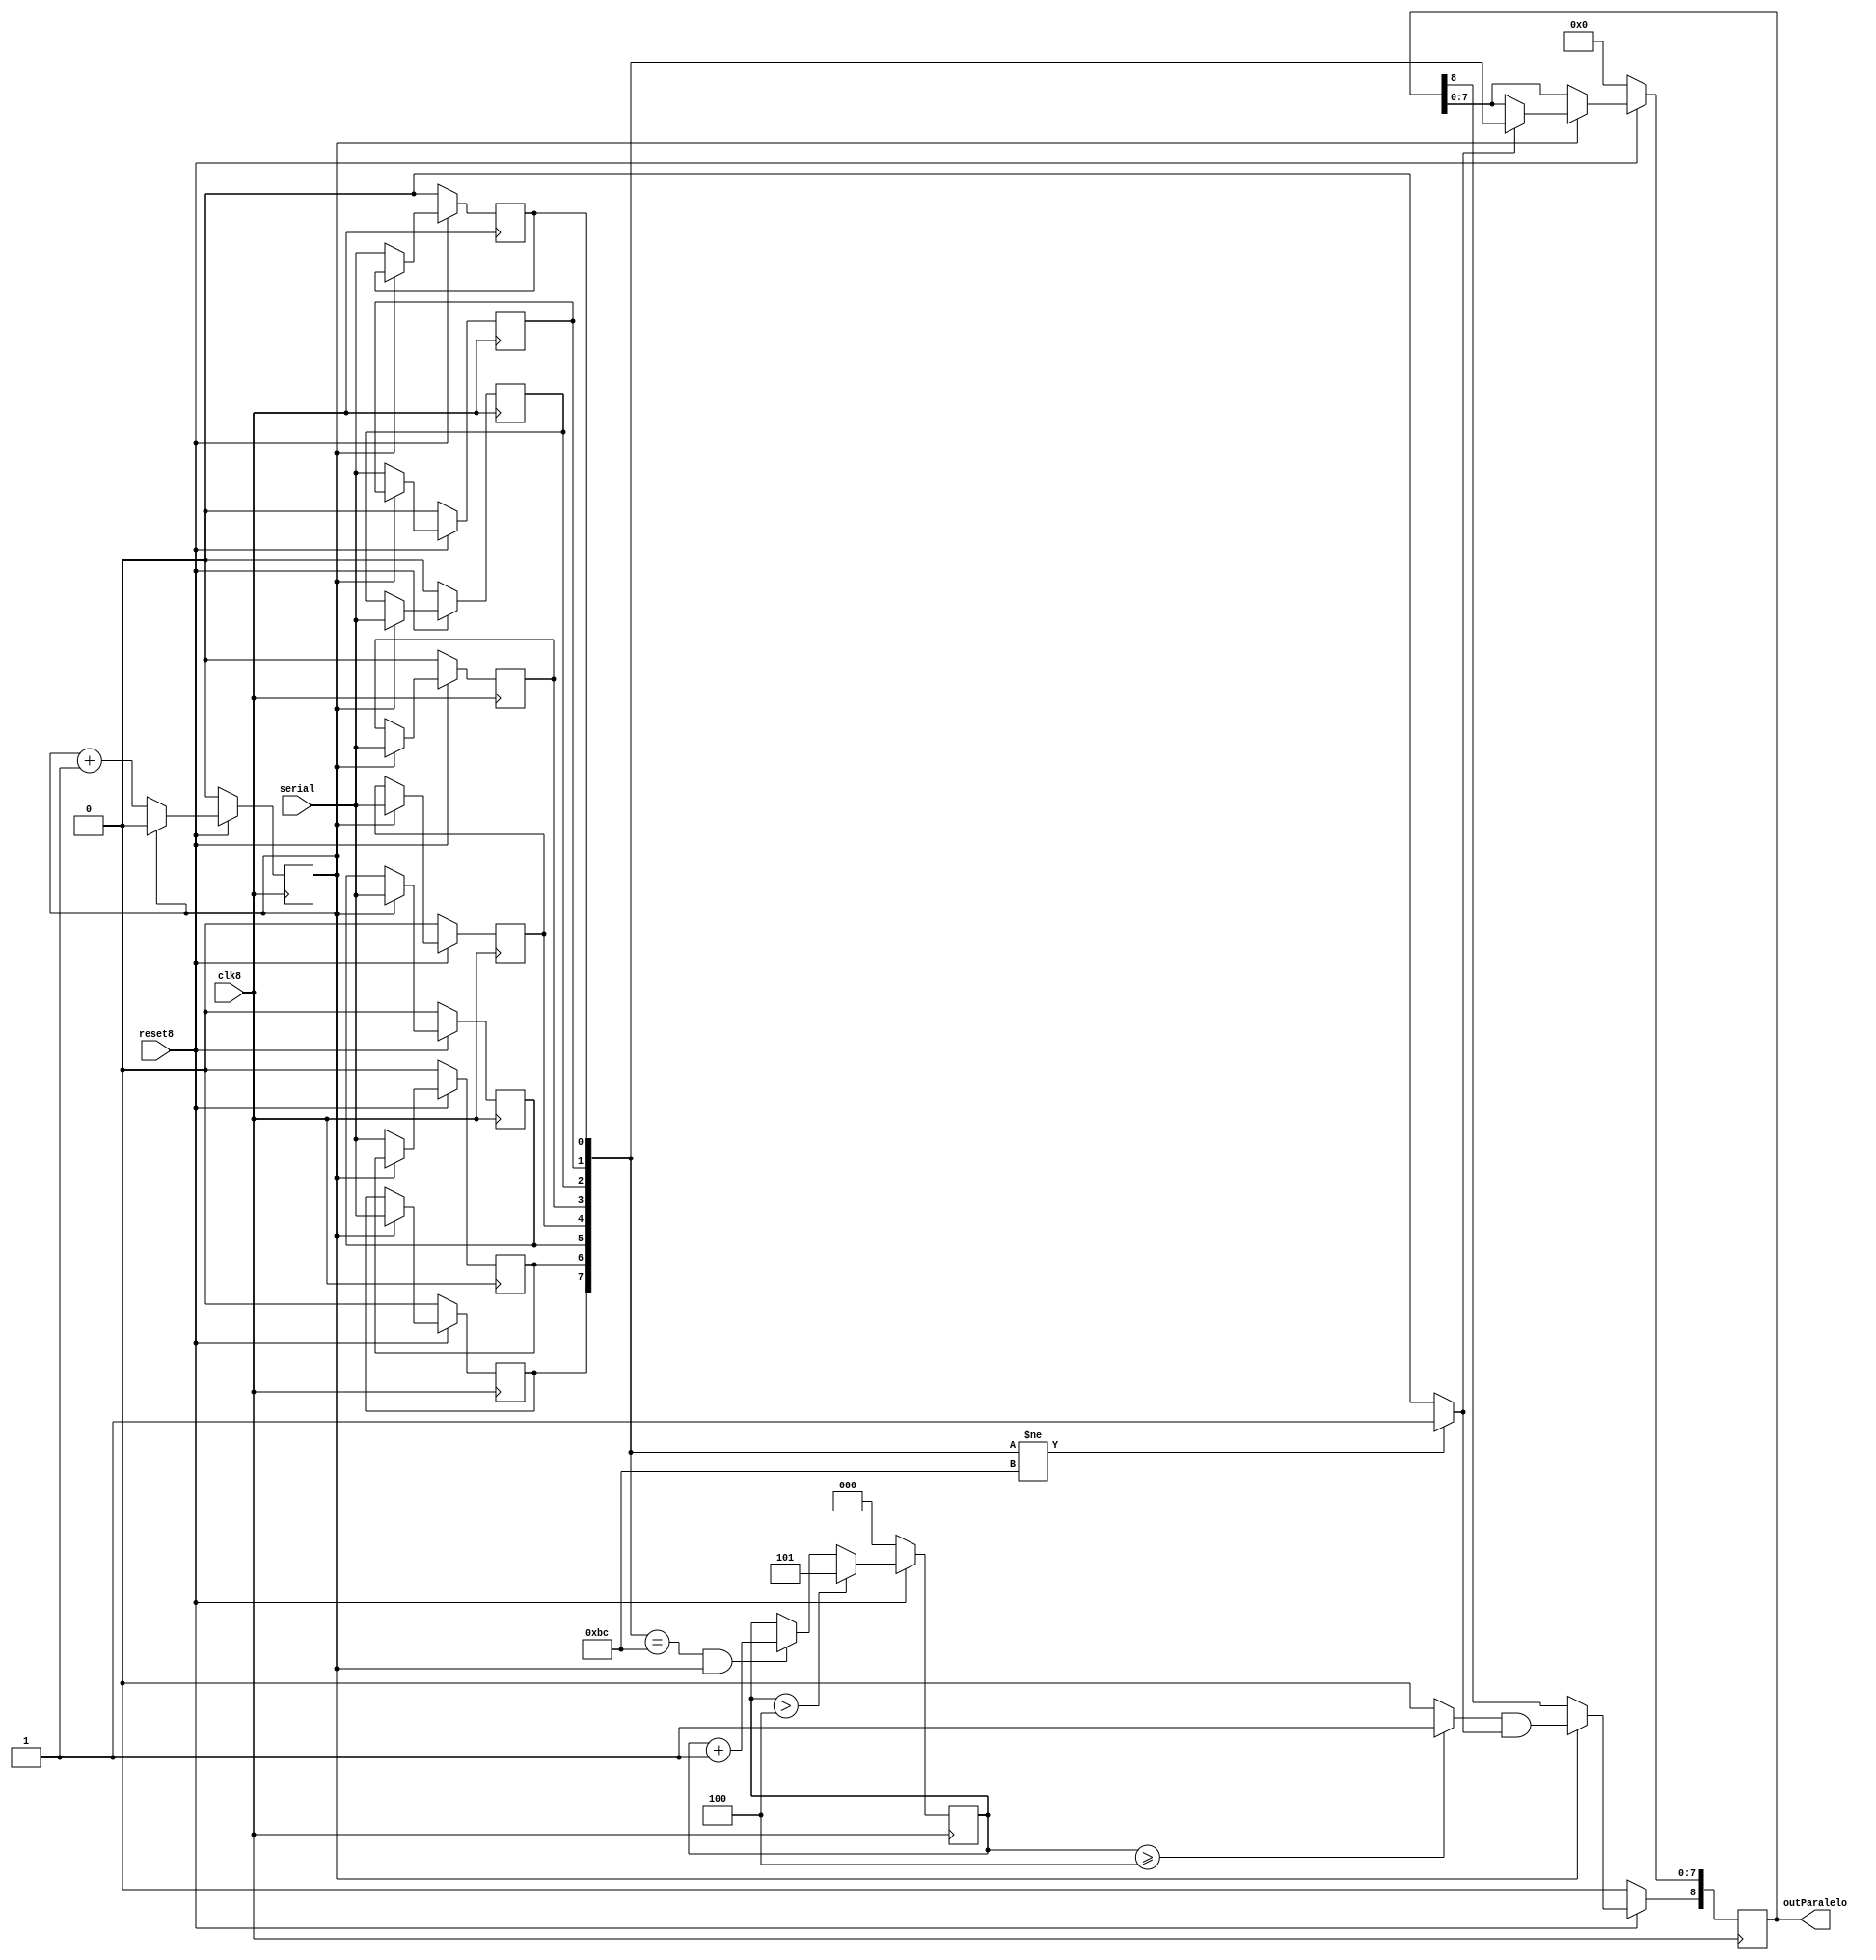
//IE-0523 Circuitos Digitales II
//Proyecto1. Bloque Modulo Main de Serial a Paralelo.
//Elaborado por: Csar Valverde Zuiga	A86605		
//I Ciclo 2019

//Mdulo Serial a Paralelo
//En este mdulo se tiene por entrada una serie de un "1" bit a frecuencia 8f, que describe un nmero de 8 bits
//  + 1 bit de valid, por salida se tiene el nmero recibido de 8 bits y su bit de vlido hacia la etapa de 
// demuxes 

module serialParalelo(input clk8 , input reset8,input serial,output reg [8:0] outParalelo);

   wire [7:0] paralelo; // Registro para guardar el nmero de 8-bits que entra
   reg [2:0] contador; // Contador de Bc's
   reg i, ser1,ser2,ser3,ser4,ser5,ser6,ser7,ser8;
   
   wire      com, active,valid; // variables para asignar bit de vlido
   
   //Toma las entrada de 1 bit y las asigna al registro paralelo en orden
   always @(posedge clk8) 
     begin
	
	if(~reset8) // Inicialmente el contador y el nmero paralelo son 0
	  begin
	     contador <= 3'b00;
	     i <= 1'b0;
	     ser1 <=0;
   	     ser2 <=0;
	     ser3 <=0;
	     ser4 <=0;
	     ser5 <=0;
   	     ser6 <=0;
	     ser7 <=0;
	     ser8 <=0;
	     outParalelo <= 0;
	 end
	else
	begin
		contador <= contador > 4 ? 5 : (paralelo==8'b10111100 && i == 1'b1) ? contador+1:contador; //Reviso si tengo BC en la entrada
		i <= (i == 1'b1) ? 0 : i+1;// si i es 1 lo vuelvo a 0
		ser1 <= (i == 1'b1) ? serial : ser1; //Conditional ? e.g. (2>3) ? 1 : 0
		ser2 <= (i == 1'b0) ? serial : ser2;
		ser3 <= (i == 1'b1) ? serial : ser3;
		ser4 <= (i == 1'b1) ? serial : ser4;
		ser5 <= (i == 1'b1) ? serial : ser5;
		ser6 <= (i == 1'b1) ? serial : ser6;
		ser7 <= (i == 1'b0) ? serial : ser7;
		ser8 <= (i == 1'b0) ? serial : ser8;  
		outParalelo[8] <= (i == 1'b1) ?  valid : outParalelo[8];
		outParalelo[7:0] <= (i == 1'b1) ? (com ? paralelo : outParalelo[7:0] ): outParalelo[7:0] ;
	end
		
     end 
 
   assign paralelo = {ser1,ser2,ser3,ser4,ser5,ser6,ser7,ser8};
   assign active = (contador >=4) ? 1 : 0;
   assign com = (paralelo!=8'b10111100) ? 1 : 0;
   assign valid = active && com;
endmodule